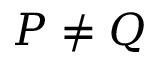
P \neq Q